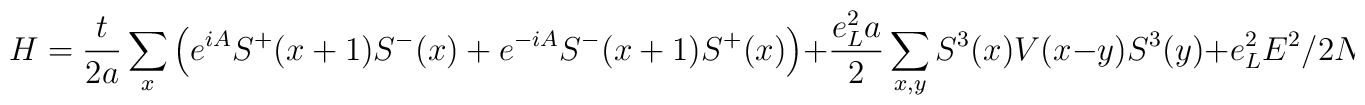
H=\frac{t}{2a}\sum_x\left( e^{iA}S^+(x+1)S^-(x)+e^{-iA}S^-(x+1)S^+(x)\right)+\frac{e_L^2a}{2}\sum_{x,y}S^3(x)V(x-y)S^3(y)+e_L^2E^2/2N